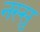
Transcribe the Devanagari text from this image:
नस्सु